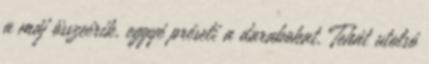
a máj összeérik, eggyé préseli a darabokat. Tehát utolsó